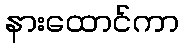
နားထောင်ကာ